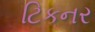
ટિકનર